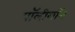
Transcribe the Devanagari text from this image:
पॉलीगॉन